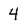
Character: 4